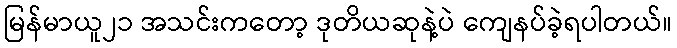
မြန်မာယူ၂၁ အသင်းကတော့ ဒုတိယဆုနဲ့ပဲ ကျေနပ်ခဲ့ရပါတယ်။